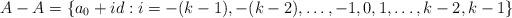
LaTeX: \begin{align*}A-A = \{a_0 + id: i = -(k-1), -(k-2),\ldots, -1, 0,1,\ldots, k-2, k-1\}\end{align*}